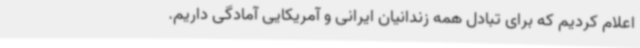
اعلام کردیم که برای تبادل همه زندانیان ایرانی و آمریکایی آمادگی داریم.